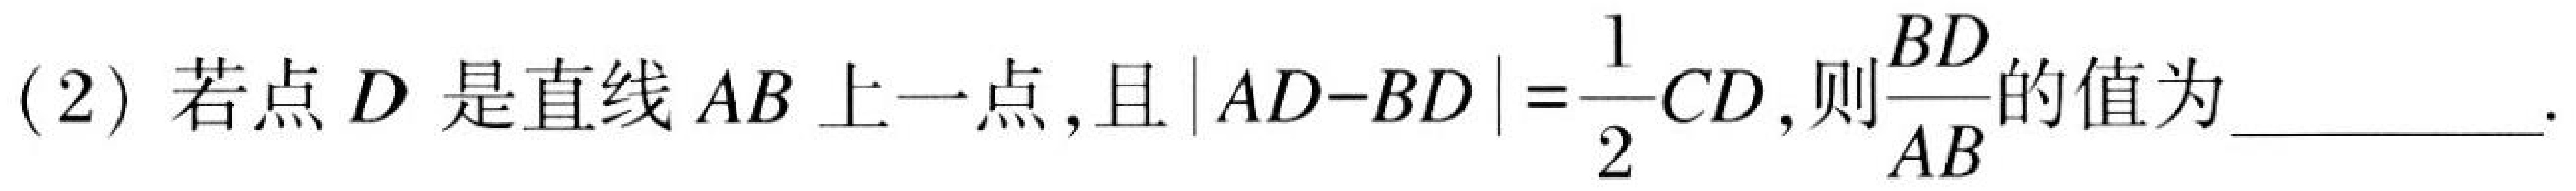
(2) 若点\(D\)是直线\(AB\)上一点,且\(\vert AD - BD\vert=\dfrac{1}{2}CD\),则\(\dfrac{BD}{AB}\)的值为________.